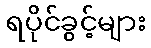
ရပိုင်ခွင့်များ